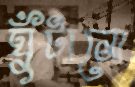
ঘুঁটানো